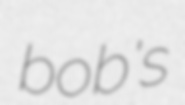
bob's